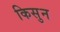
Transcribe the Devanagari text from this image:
किसुन